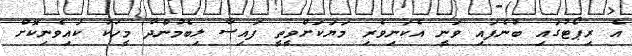
އެ ރިޕޯޓުގައި ބުނެފައި ވަނީ އެކަނިވެރި މަޔަކަށްވީތީ ފައިސާ ލިބެމުންދާ މީހަކު ކައިވެނިކޮށް